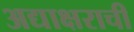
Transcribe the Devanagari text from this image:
अद्याक्षराची